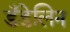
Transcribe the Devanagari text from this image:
डँडेलिन